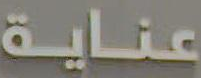
عناية